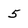
Character: 5